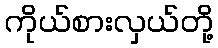
ကိုယ်စားလှယ်တို့